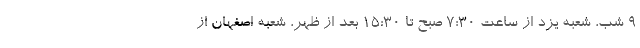
9 شب، شعبه یزد از ساعت 7:30 صبح تا 15:30 بعد از ظهر، شعبه اصفهان از